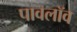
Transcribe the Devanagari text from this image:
पावलॉव